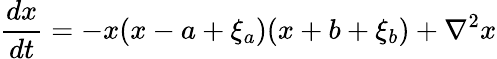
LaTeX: \frac{dx}{dt}=-x(x-a+\xi_{a})(x+b+\xi_{b})+\nabla^{2}x